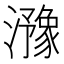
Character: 𤂻